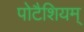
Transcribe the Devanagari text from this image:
पोटैशियम्‌